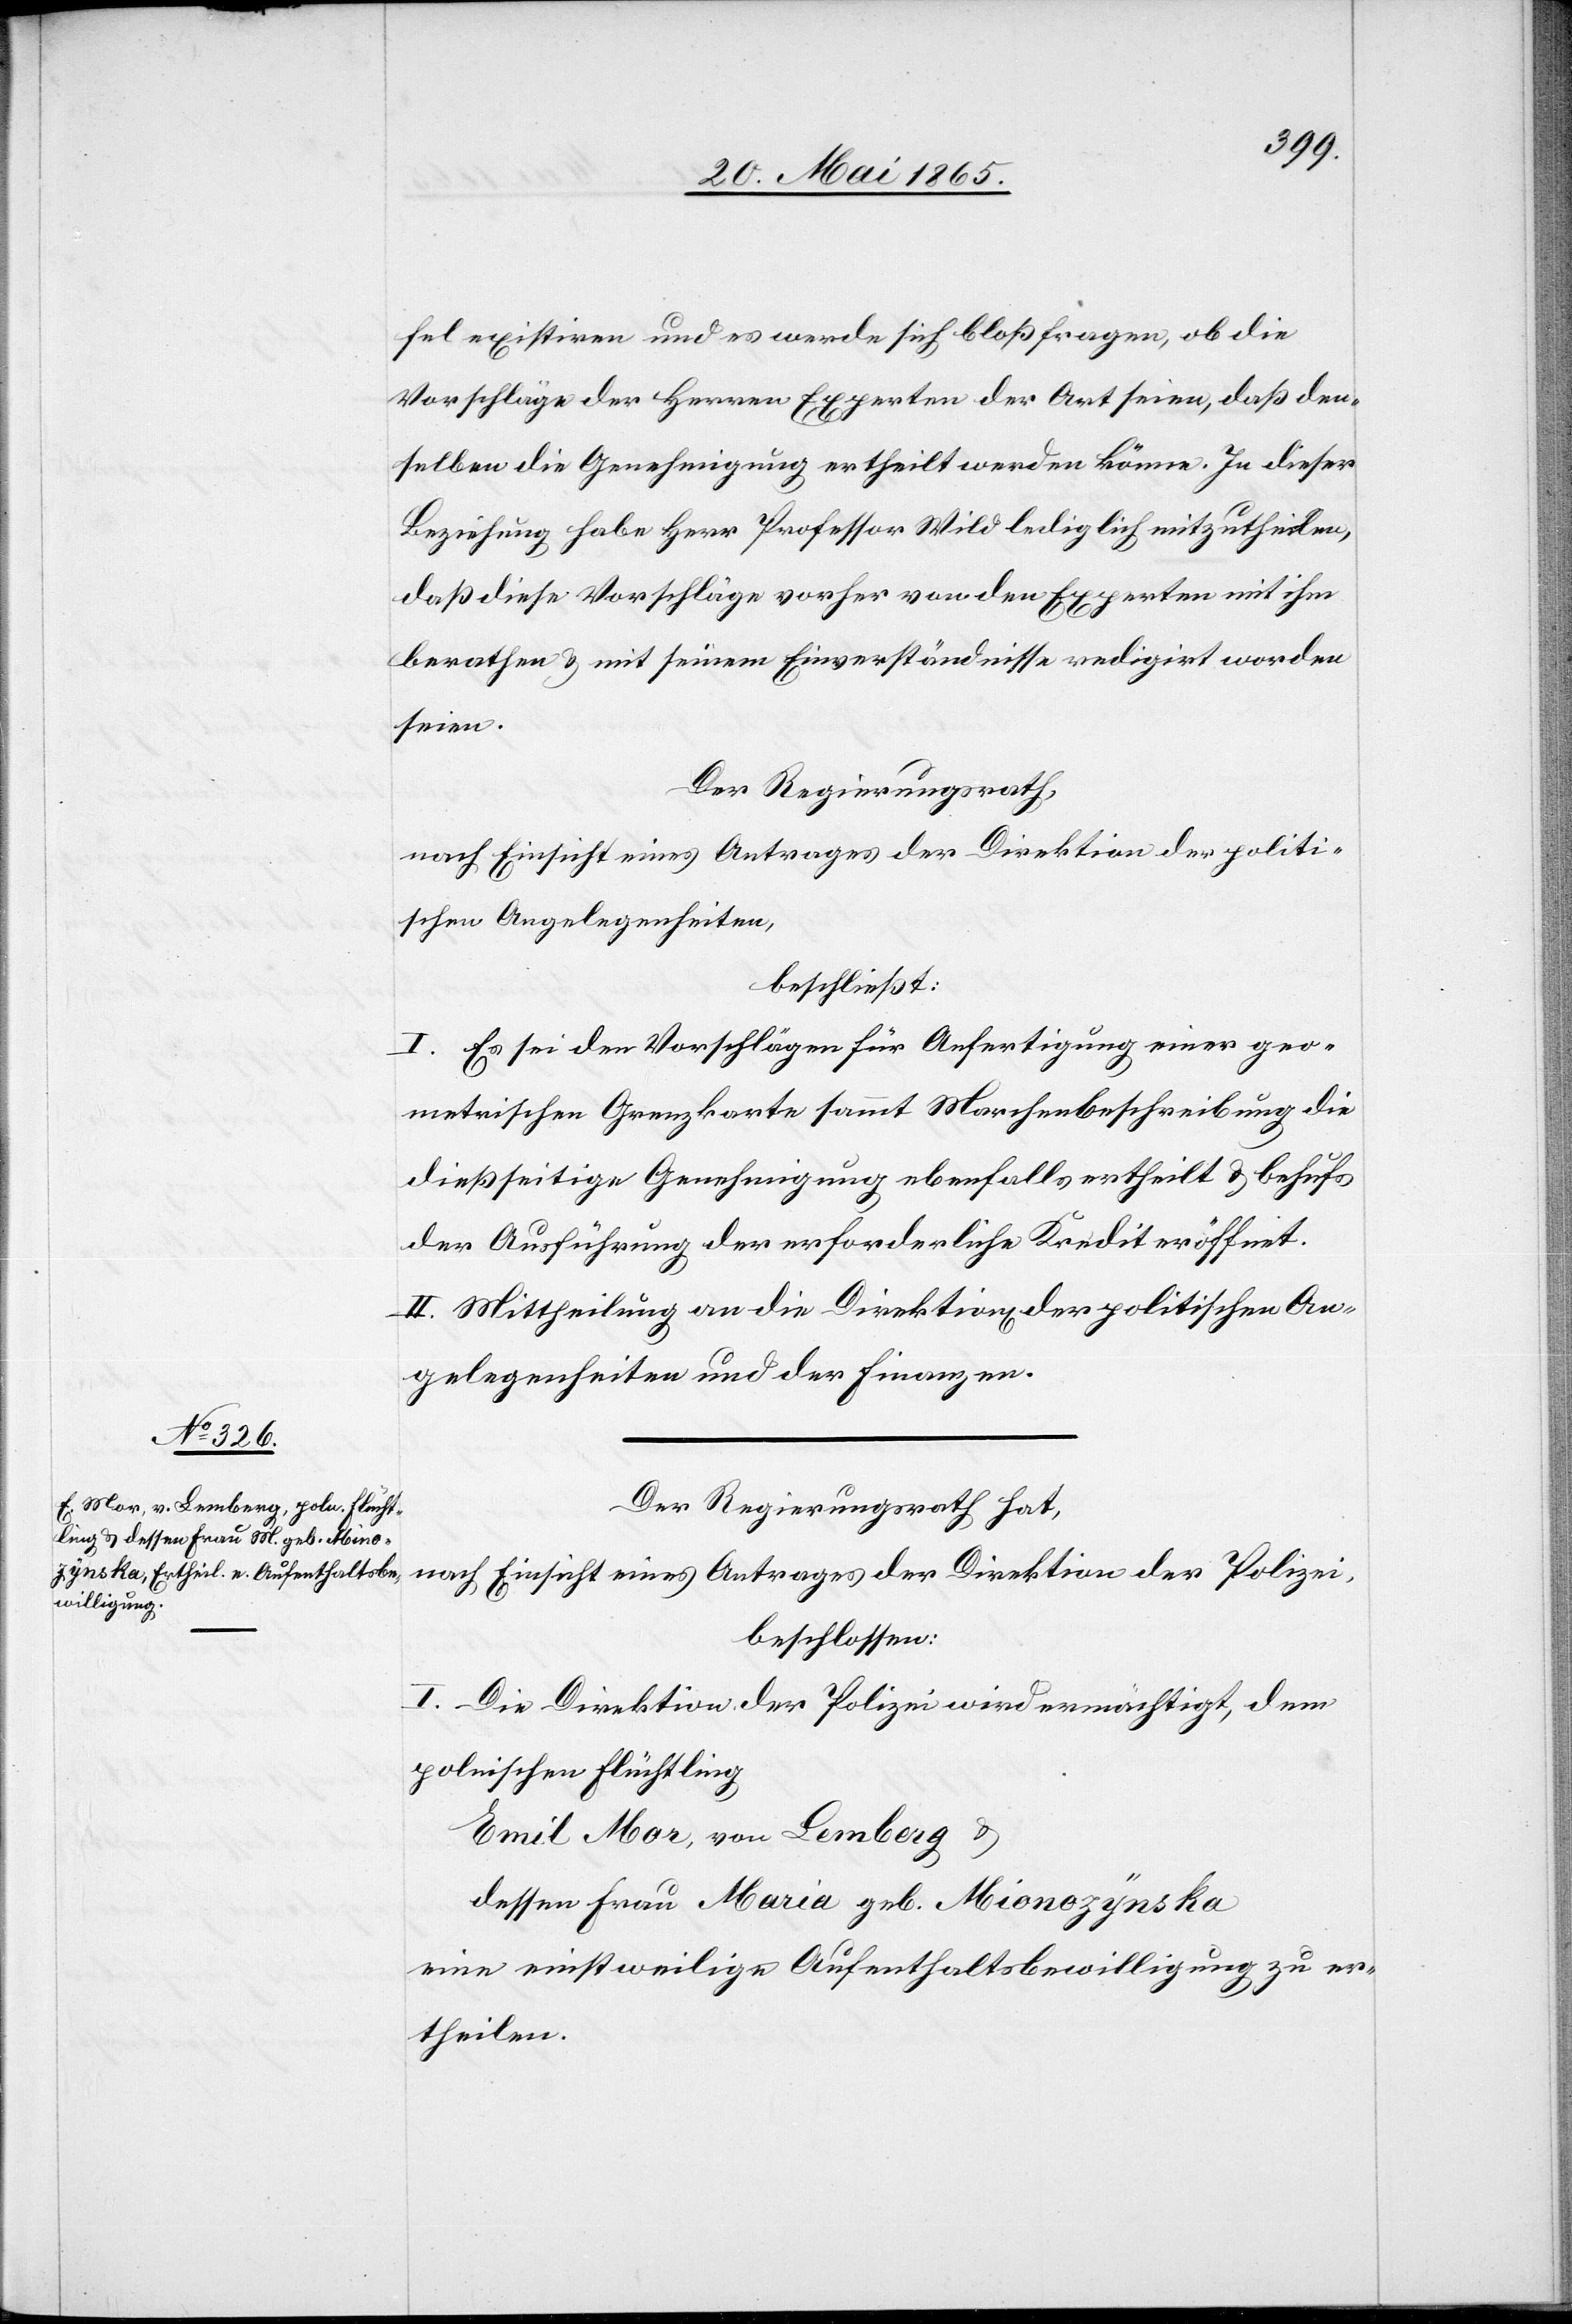
fel existiren und es werde sich bloß fragen, ob die
Vorschläge der Herren Experten der Art seien, daß den¬
selben die Genehmigung ertheilt werden könne. In dieser
Beziehung habe Herr Professor Wild lediglich mitzutheilen,
daß diese Vorschläge vorher von den Experten mit ihm
berathen & mit seinem Einverständnisse redigirt worden
seien.
Der Regierungsrath,
nach Einsicht eines Antrages der Direktion der politi¬
schen Angelegenheiten,
beschließt:
I. Es sei den Vorschlägen für Anfertigung einer geo¬
metrischen Grenzkarte sammt Marchenbeschreibung die
dießseitige Genehmigung ebenfalls ertheilt & behufs
der Ausführung der erforderliche Kredit eröffnet.
II. Mittheilung an die Direktion der politischen An¬
gelegenheiten und der Finanzen.
Der Regierungsrath hat,
nach Einsicht eines Antrages der Direktion der Polizei,
beschlossen:
I. Die Direktion der Polizei wird ermächtigt, dem
polnischen Flüchtling
Emil Mor, von Lemberg &
dessen Frau Maria geb. Mionozynska
eine einstweilige Aufenthaltsbewilligung zu er¬
theilen.